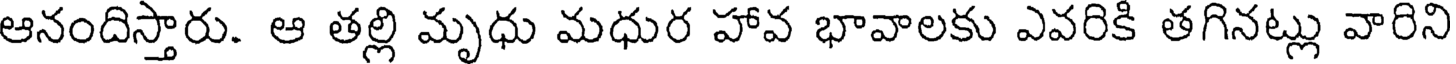
ఆనందిస్తారు. ఆ తల్లి మృధు మధుర హావ భావాలకు ఎవరికి తగినట్లు వారిని